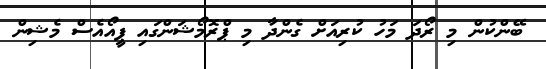
ބޭންކުން މި ރޯދަ މަހު ކުރިއަށް ގެންދާ މި ޕްރޮމޯޝަންގައި ޕީއޯއެސް މެޝިން